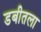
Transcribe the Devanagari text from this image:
डबीतला